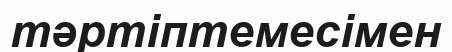
тәртіптемесімен